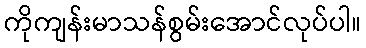
ကိုကျန်းမာသန်စွမ်းအောင်လုပ်ပါ။